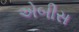
એબીસ